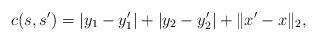
LaTeX: \begin{align*}c(s, s') = |y_1 - y_1'| + |y_2 - y_2'| + \| x' - x \|_2,\end{align*}